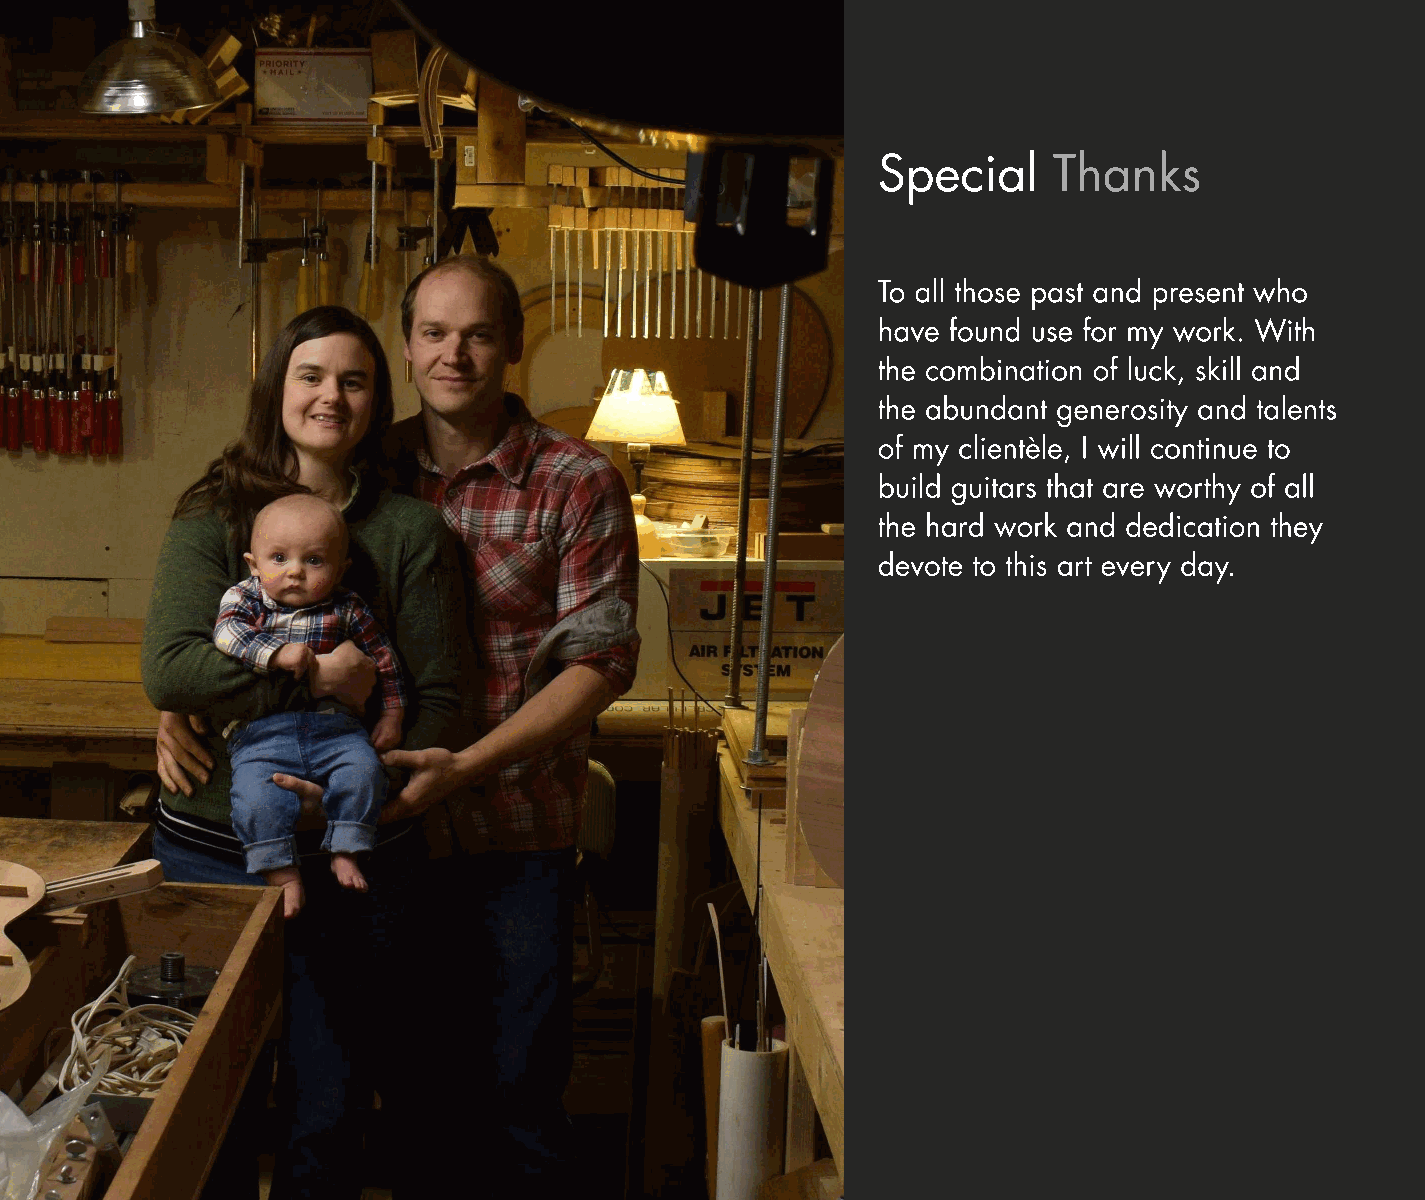
Special     Thanks
 To all those past and present who
 have found use for my work. With
 the combination of luck, skill and
 the abundant generosity and talents
 of my clientèle, I will continue to
 build guitars that are worthy of all
 the hard work and dedication they
 devote to this art every day.